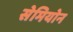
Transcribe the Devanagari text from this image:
सेमियोन